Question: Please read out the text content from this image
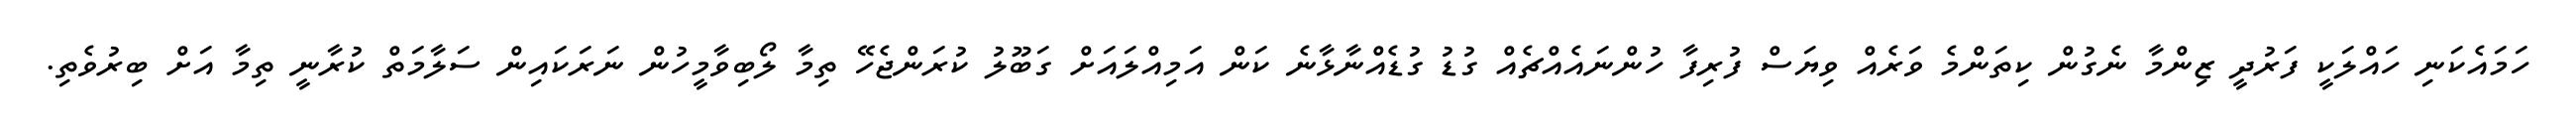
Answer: ހަމައެކަނި ހައްލަކީ ފަރުދީ ޒިންމާ ނެގުން ކިތަންމެ ވަރެއް ވިޔަސް ފުރިފާ ހުންނައެއްޗެއް ގުޑު ގުޑެއްނާޅާނެ ކަން އަމިއްލައަށް ގަބޫލު ކުރަންޖެހޭ ތިމާ ލޯބިވާމީހުން ނަރަކައިން ސަލާމަތް ކުރާނީ ތިމާ އަށް ބިރުވެތި.